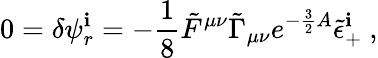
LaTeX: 0=\delta\psi_{r}^{\mathbf{i}}=-{\frac{{1}}{{8}}}\tilde{{F}}^{\mu\nu}\tilde{{\Gamma}}_{\mu\nu}e^{-{\frac{{3}}{{2}}}A}\tilde{{\epsilon}}_{+}^{\mathbf{i}}\ ,